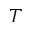
T